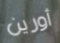
أورين